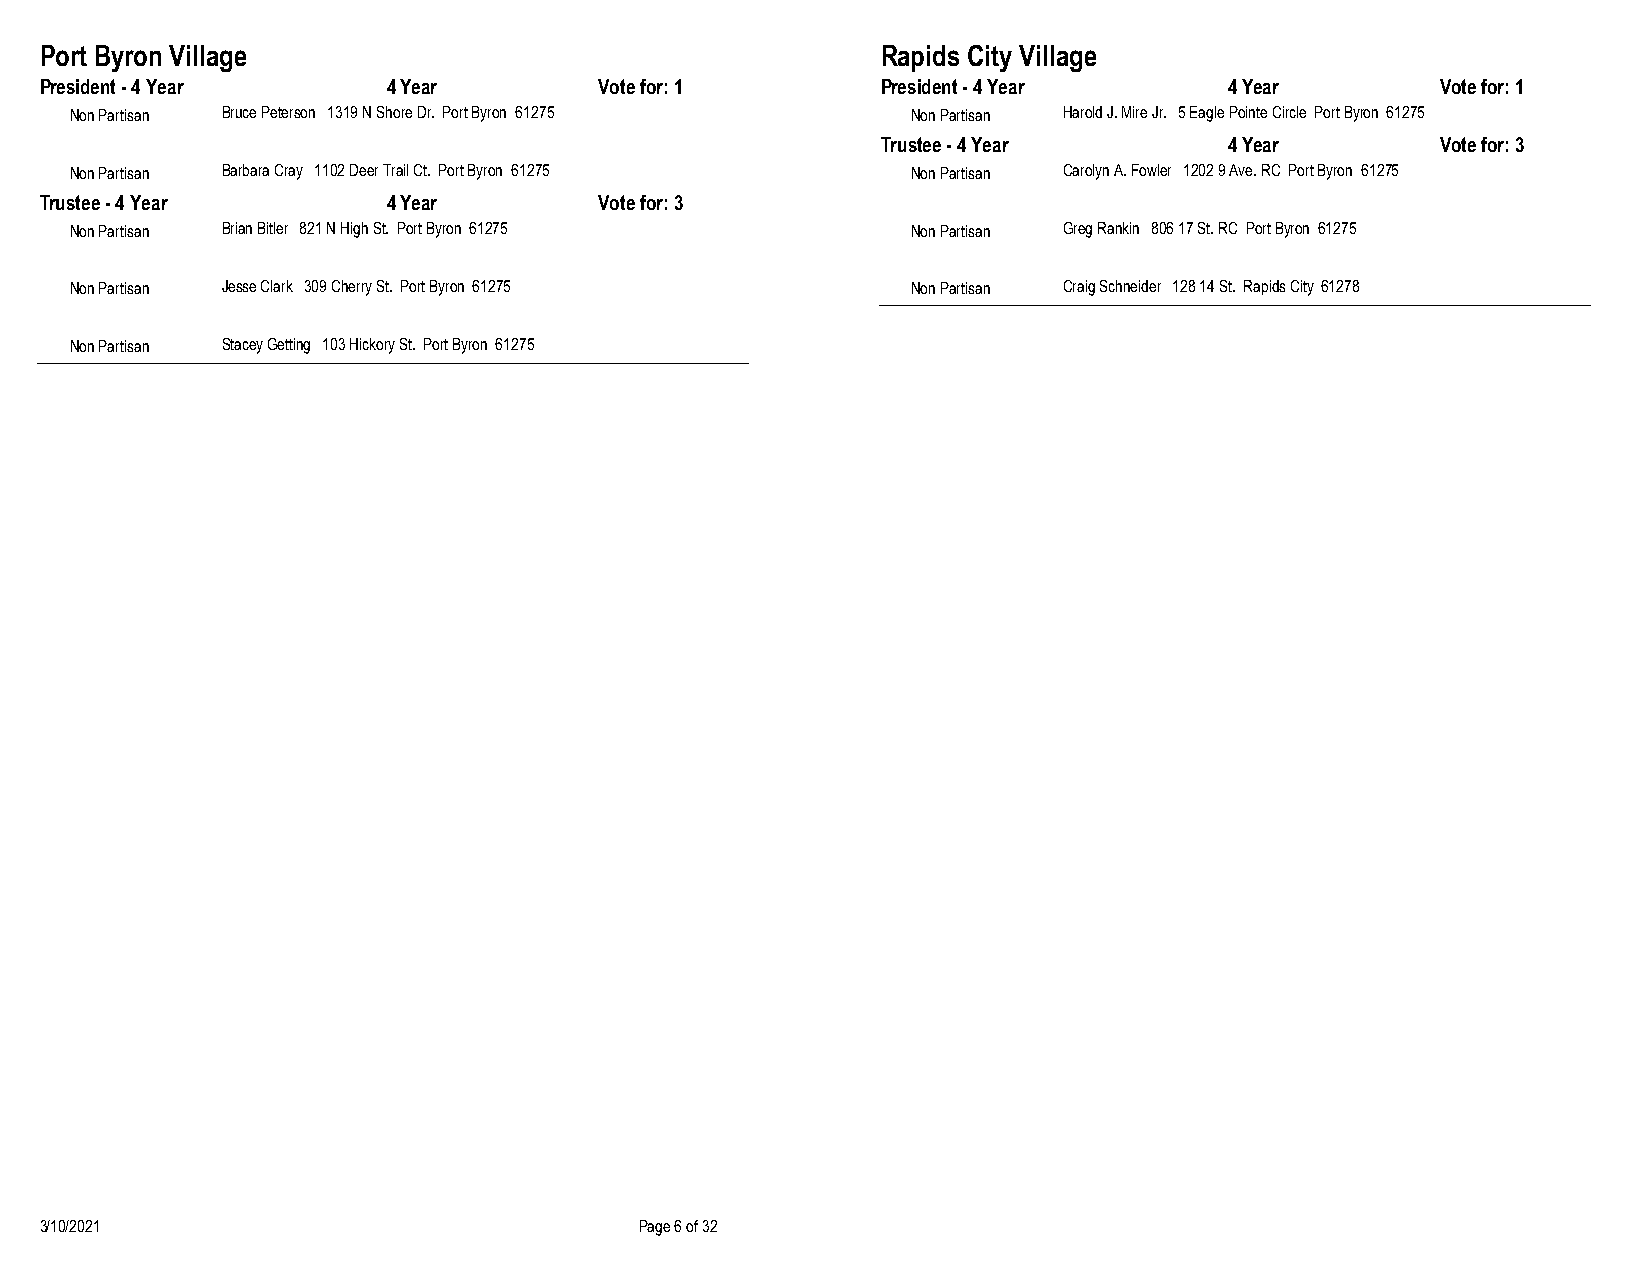
Port Byron Village                                     Rapids City Village
 President - 4 Year     4 Year        Vote for: 1       President - 4 Year     4 Year        Vote for: 1
 Non Partisan Bruce Peterson 1319 N Shore Dr. Port Byron 61275 Non Partisan Harold J. Mire Jr. 5 Eagle Pointe Circle Port Byron 61275
 Trustee - 4 Year       4 Year        Vote for: 3
 Non Partisan Barbara Cray 1102 Deer Trail Ct. Port Byron 61275 Non Partisan Carolyn A. Fowler 1202 9 Ave. RC Port Byron 61275
 Trustee - 4 Year       4 Year        Vote for: 3
 Non Partisan Brian Bitler 821 N High St. Port Byron 61275 Non Partisan Greg Rankin 806 17 St. RC Port Byron 61275
 Non Partisan Jesse Clark 309 Cherry St. Port Byron 61275 Non Partisan Craig Schneider 128 14 St. Rapids City 61278
 Non Partisan Stacey Getting 103 Hickory St. Port Byron 61275
 3/10/2021                              Page 6 of 32